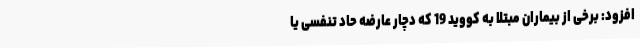
افزود: برخی از بیماران مبتلا به کووید 19 که دچار عارضه حاد تنفسی یا